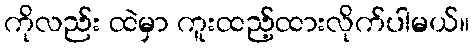
ကိုလည်း ထဲမှာ ကူးထည့်ထားလိုက်ပါမယ်။